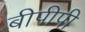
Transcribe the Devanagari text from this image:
बीपीपी